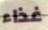
غذاء